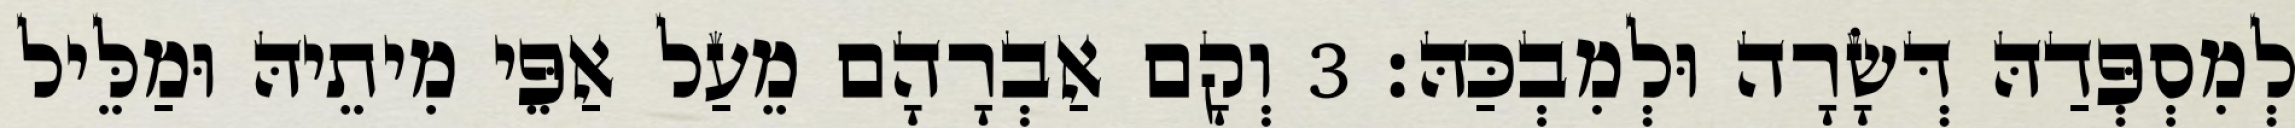
לְמִסְפְּדַהּ דְּשָׂרָה וּלְמִבְכַּהּ׃ 3 וְקָם אַבְרָהָם מֵעַל אַפֵּי מִיתֵיהּ וּמַלֵּיל